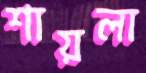
শায়লা